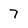
Character: 7